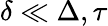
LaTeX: \delta\ll\Delta,\tau